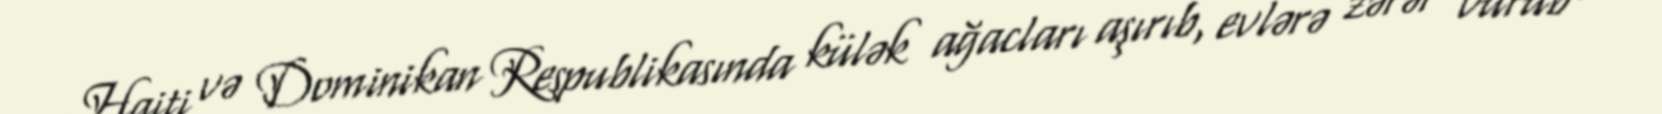
Haiti və Dominikan Respublikasında külək ağacları aşırıb, evlərə zərər vurub və